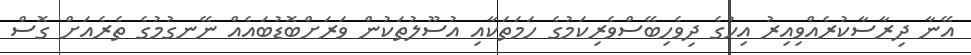
އޭނާ ދިރާސާކުރެއްވިއިރު އިހުގެ ދިވެހިބޭސްވެރިކަމުގެ ހަމަތަކާއި އުސޫލުތަކުން ވަރަށްބޮޑުބައެއް ނޭނގުމުގެ ތެރެއަށް ގޮސް